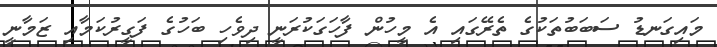
މައިގަނޑު ސަބަބުތަކުގެ ތެރޭގައި އެ މީހުން ފާހަގަކުރަނީ ދިވެހި ބަހުގެ ފަގީރުކަމާއި ޒަމާނީ